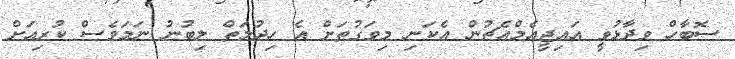
ސޮބާހް ވިދާޅުވީ އައިޖީއެމްއެޗުން އެކަނި މިވަގުތަށް އެ ހިދުމަތް ލިބުނު ނަމަވެސް ކުރިއަށް